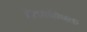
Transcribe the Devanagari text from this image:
सेतकण्णिक